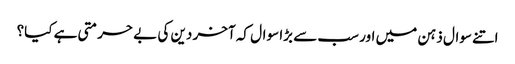
اتنے سوال ذہن میں اور سب سے بڑا سوال کہ آخر دین کی بے حرمتی ہے کیا؟